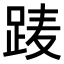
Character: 𨀱